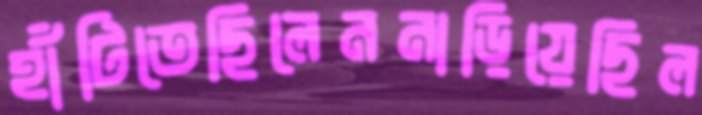
হাঁটিতেছিলেননাড়িয়েছিল